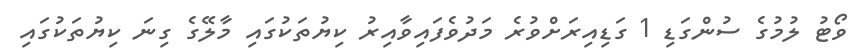
ވޯޓު ލުމުގެ ސުންގަޑި 1 ގަޑިއިރަށްވުރެ މަދުވެފައިވާއިރު ކިޔުތަކުގައި މާލޭގެ ގިނަ ކިޔުތަކުގައި